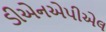
ડીએનએપીએલ